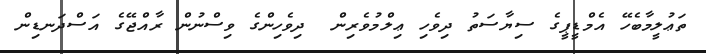
ތަޢުލީމާބެހޭ އެމްޑީޕީގެ ސިޔާސަތު ދިވެހި ޢިލްމުވެރިން  ދިވެހިންގެ ވިސްނުން ރާއްޖޭގެ އަސްދަނޑިން